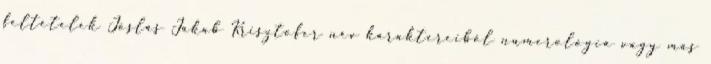
feltételek Jóslás Jakab Krisztofer név karaktereiből numerológia vagy más